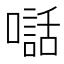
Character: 𫬃